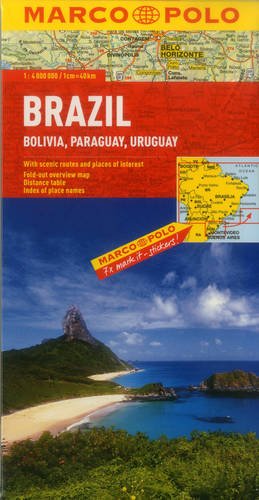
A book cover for Brazil, Bolivia, Paraguay, Uruguay Map (Marco Polo Maps); Marco Polo Travel; Travel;